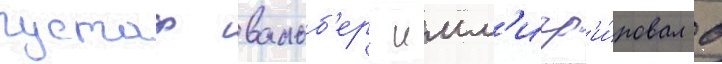
густаф вальб'ерг имм'игр'и́ровал в